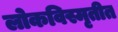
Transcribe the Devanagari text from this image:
लोकविस्मृतीत